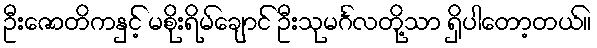
ဦးဇောတိကနှင့် မစိုးရိမ်ချောင် ဦးသုမင်္ဂလတို့သာ ရှိပါတော့တယ်။